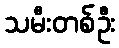
သမီးတစ်ဦး